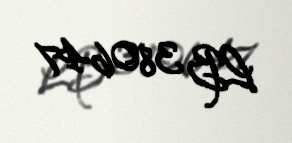
LB 380647